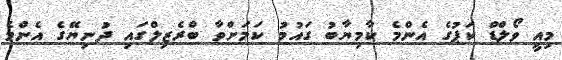
މިއީ ވޯލްޑް ކަޕުގެ އެންމެ ކާމިޔާބު ގައުމު ކަމަށްވާ ބްރެޒިލްގައި ދުނިޔޭގެ އެންމެ